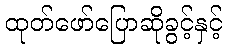
ထုတ်ဖော်ပြောဆိုခွင့်နှင့်